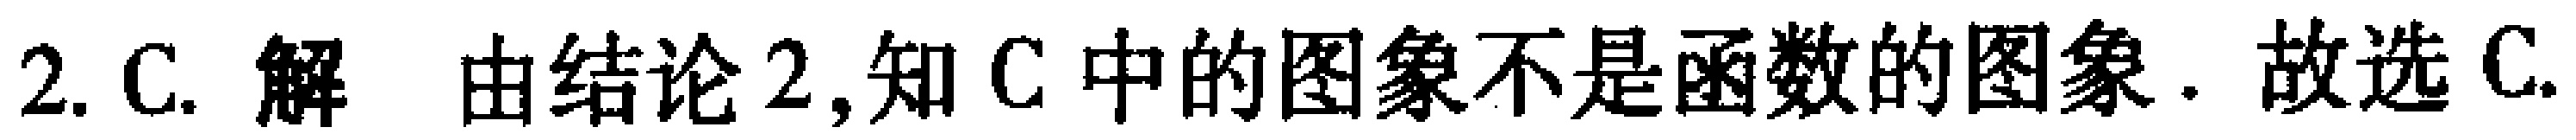
2. C. 解 由结论2,知C中的图象不是函数的图象. 故选C.